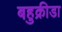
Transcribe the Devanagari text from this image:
बहुक्रीडा